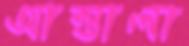
আস্তালা